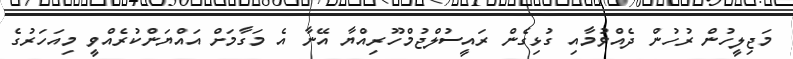
މަޖިލީހުން ރުހުން ދެއްވުމާއި ގުޅިގެން ރައީސުލްޖުމްހޫރިއްޔާ އޭނާ އެ މަގާމަށް އައްޔަންކުރެއްވީ މިއަހަރުގެ